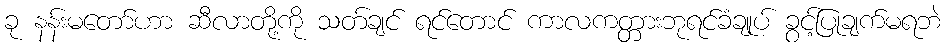
ခု နန်းမတော်ဟာ ဆီလာတို့ကို သတ်ချင် ရင်တောင် ကာလကတ္တားဘုရင်ခံချုပ် ခွင့်ပြုချက်မရဘဲ